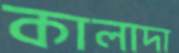
কালাদা